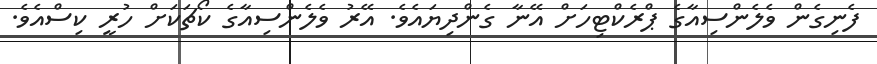
ފެނިގެން ވެލެންސިއާގެ ޕްރެކްޓިހަށް އޭނާ ގެންދިޔައެވެ. އޭރު ވެލެންސިއާގެ ކޯޗަކަށް ހުރީ ކިސްއެވެ.